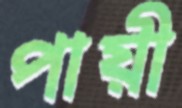
পায়ী